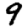
Digit: 9